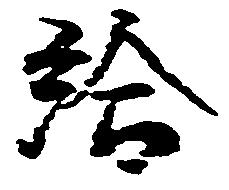
給